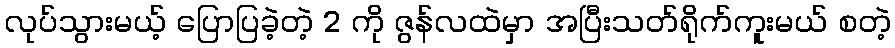
လုပ်သွားမယ့် ပြောပြခဲ့တဲ့ 2 ကို ဇွန်လထဲမှာ အပြီးသတ်ရိုက်ကူးမယ် စတဲ့